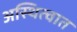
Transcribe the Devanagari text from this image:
अस्थित्वात